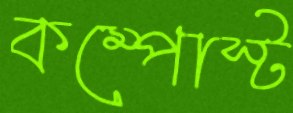
কম্পোস্ট